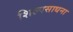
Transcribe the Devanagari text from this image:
शिल्पसाधना